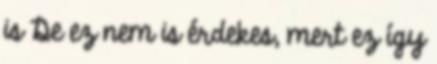
is De ez nem is érdekes, mert ez így